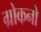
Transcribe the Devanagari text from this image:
ग्रोकनो